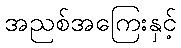
အညစ်အကြေးနှင့်